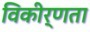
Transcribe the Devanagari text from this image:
विकीर्णता